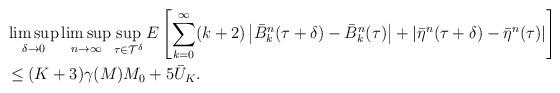
LaTeX: \begin{align*}& \limsup_{\delta \to 0} \limsup_{n \to \infty} \sup_{\tau \in \mathcal{T}^\delta} {{E}} \left[ \sum_{k=0}^\infty (k+2) \left| {\bar{B}}^n_k(\tau+\delta) - {\bar{B}}^n_k(\tau) \right| + \left| {\bar{\eta}}^n(\tau+\delta) - {\bar{\eta}}^n(\tau) \right| \right] \\& \le (K+3)\gamma(M) M_0 + 5 {\bar{U}}_K.\end{align*}